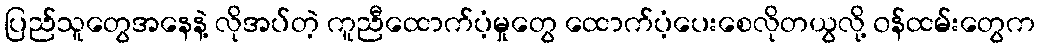
ပြည်သူတွေအနေနဲ့ လိုအပ်တဲ့ ကူညီထောက်ပံ့မှုတွေ ထောက်ပံ့ပေးစေလိုတယွလို့ ၀န်ထမ်းတွေက